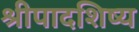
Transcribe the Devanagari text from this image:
श्रीपादशिष्य